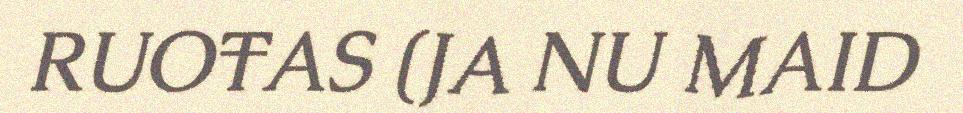
RUOŦAS (JA NU MAID